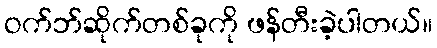
ဝက်ဘ်ဆိုက်တစ်ခုကို ဖန်တီးခဲ့ပါတယ်။